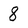
Character: 8